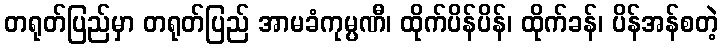
တရုတ်ပြည်မှာ တရုတ်ပြည် အာမခံကုမ္ပဏီ၊ ထိုက်ပိန်ပိန်၊ ထိုက်ခန်၊ ပိန်အန်စတဲ့